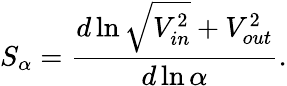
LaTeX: S_{\alpha}=\frac{d\ln{\sqrt{V_{in}^{2}}+V_{out}^{2}}}{d\ln{\alpha}}.